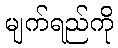
မျက်ရည်ကို